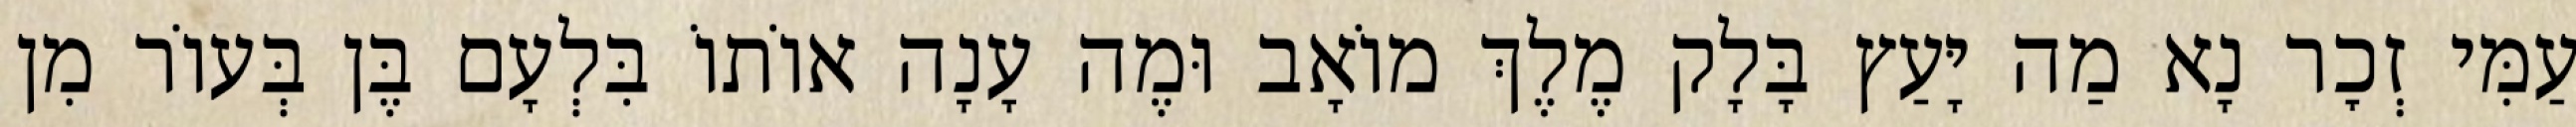
עַמִּי זְכׇר נָא מַה יָּעַץ בָּלָק מֶלֶךְ מוֹאָב וּמֶה עָנָה אוֹתוֹ בִּלְעָם בֶּן בְּעוֹר מִן